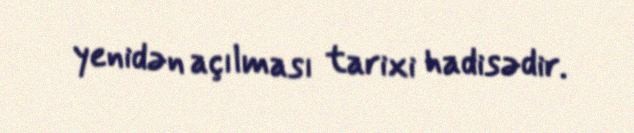
yenidən açılması tarixi hadisədir.